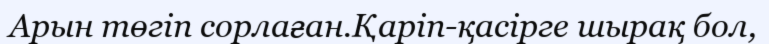
Арын төгіп сорлаған.Қаріп-қасірге шырақ бол,